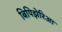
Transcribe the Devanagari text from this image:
बिपिझेरिआ